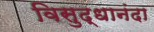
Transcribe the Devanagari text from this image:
विसुद्धानंदा